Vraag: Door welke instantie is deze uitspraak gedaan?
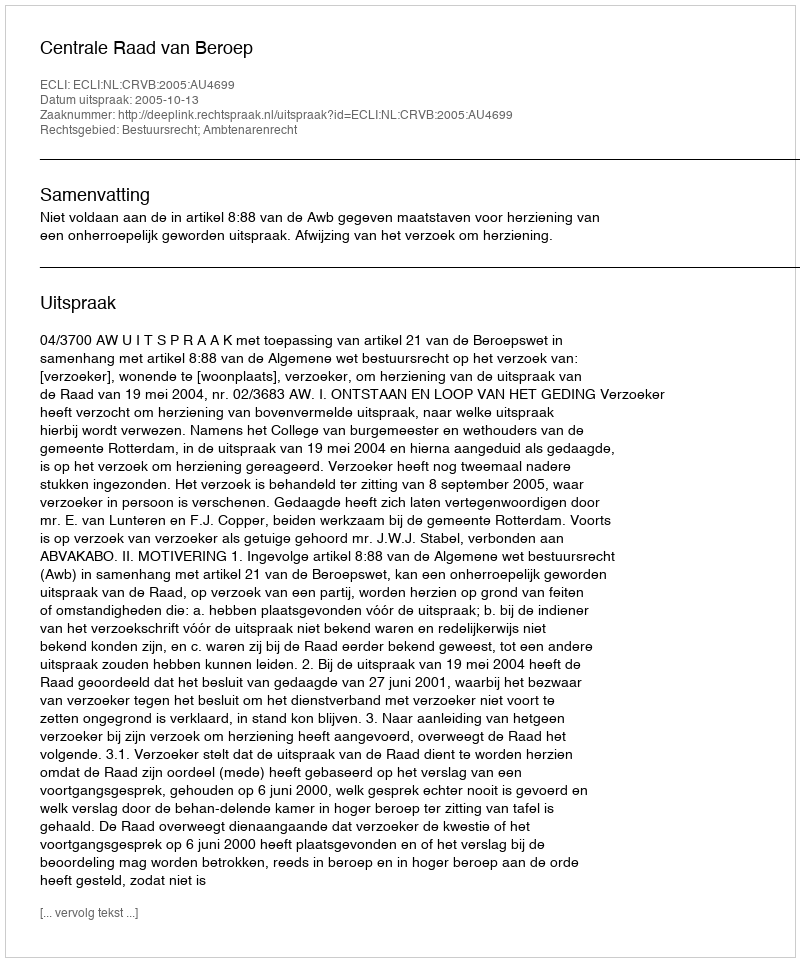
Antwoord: Centrale Raad van Beroep